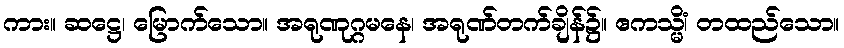
ကား။ ဆဋ္ဌေ၊ မြောက်သော။ အရုဏုဂ္ဂမနေ၊ အရုဏ်တက်ချိန်၌။ ဧကသ္မိံ၊ တထည်သော။